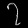
Digit: ၇